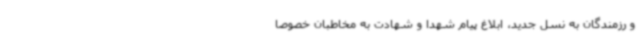
و رزمندگان به نسل جدید، ابلاغ پیام شهدا و شهادت به مخاطبان خصوصاً